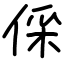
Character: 倸